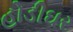
હોડીઘર